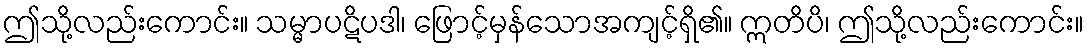
ဤသို့လည်းကောင်း။ သမ္မာပဋိပဒါ၊ ဖြောင့်မှန်သောအကျင့်ရှိ၏။ ဣတိပိ၊ ဤသို့လည်းကောင်း။